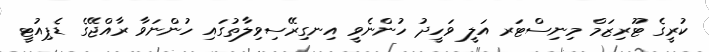
ކުރީގެ ޓޫރިޒަމް މިނިސްޓަރ އަލީ ވަހީދު ހުންނެވީ އިނގިރޭސިވިލާތުގައި ހުންނަވާ ރާއްޖޭގެ ޑެޕިއުޓީ